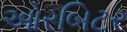
ઓરબિટર